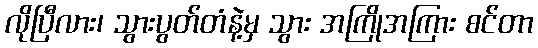
လိုပြီလား၊ သွားပွတ်တံနဲ့မှ သွား အကြိုအကြား စင်တာ